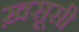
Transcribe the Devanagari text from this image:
ख़सूसी